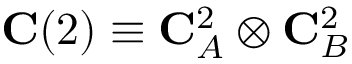
\mathbf { C } ( 2 ) \equiv \mathbf { C } _ { A } ^ { 2 } \otimes \mathbf { C } _ { B } ^ { 2 }